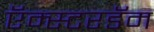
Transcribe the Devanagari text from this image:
ऍम्स्टरडॅम